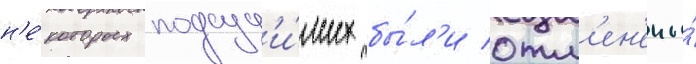
н'е́которых подсуд'и́мых бы́л'и отм'ен'ены́